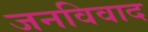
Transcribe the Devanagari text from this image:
जनविवाद